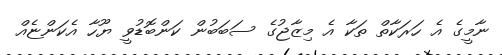
ނާމީގެ އެ ހަރަކާތް ތަކާ އެ މިޒާޖުގެ ސަބަބުން ކަންބޮޑުވީ ޔޫހާ އެކަންޏެއް